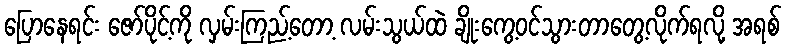
ပြောနေရင်း ဇော်ပိုင့်ကို လှမ်းကြည့်တော့ လမ်းသွယ်ထဲ ချိုးကွေ့ဝင်သွားတာတွေ့လိုက်ရလို့ အရစ်